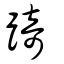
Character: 踦